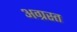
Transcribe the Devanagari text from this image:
अग्रस्त